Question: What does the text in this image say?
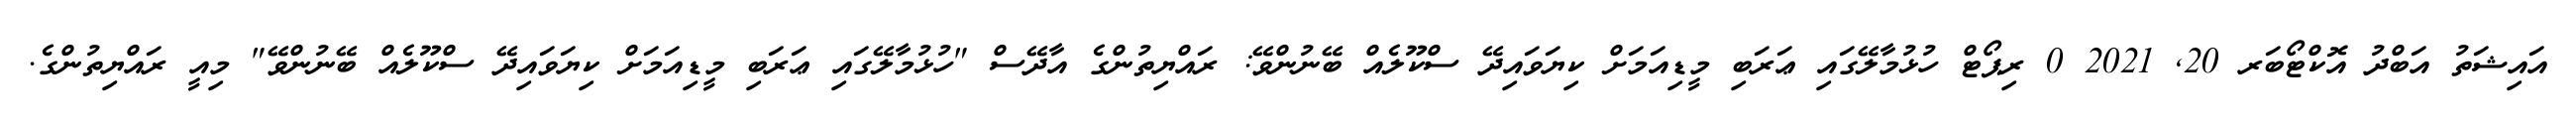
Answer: އައިޝަތު އަބްދު އޮކްޓޯބަރ 20, 2021 0 ރިޕޯޓް ހުޅުމާލޭގައި ޢަރަބި މީޑިއަމަށް ކިޔަވައިދޭ ސްކޫލެއް ބޭނުންވޭ: ރައްޔިތުންގެ އާދޭސް "ހުޅުމާލޭގައި ޢަރަބި މީޑިއަމަށް ކިޔަވައިދޭ ސްކޫލެއް ބޭނުންވޭ" މިއީ ރައްޔިތުންގެ.